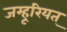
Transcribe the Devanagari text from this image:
जम्हूरियत्